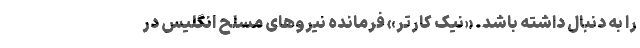
را به دنبال داشته باشد. «نیک کارتر» فرمانده نیروهای مسلح انگلیس در